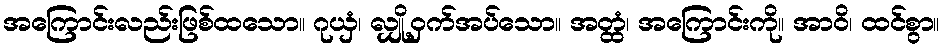
အကြောင်းလည်းဖြစ်ထသော။ ဂုယှံ၊ လျှို့ဝှက်အပ်သော။ အတ္ထံ၊ အကြောင်းကို။ အာဝိ၊ ထင်စွာ။